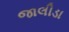
જાલીડા